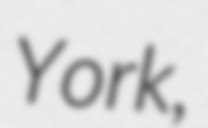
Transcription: York,